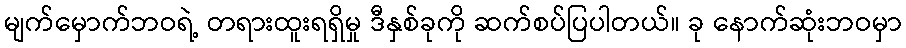
မျက်မှောက်ဘဝရဲ့ တရားထူးရရှိမှု ဒီနှစ်ခုကို ဆက်စပ်ပြပါတယ်။ ခု နောက်ဆုံးဘဝမှာ